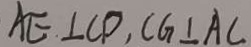
A E \bot C D , C G \bot A C